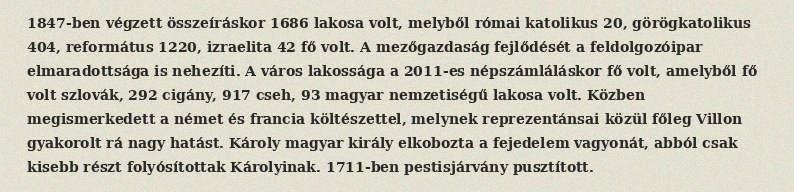
1847-ben végzett összeíráskor 1686 lakosa volt, melyből római katolikus 20, görögkatolikus 404, református 1220, izraelita 42 fő volt. A mezőgazdaság fejlődését a feldolgozóipar elmaradottsága is nehezíti. A város lakossága a 2011-es népszámláláskor fő volt, amelyből fő volt szlovák, 292 cigány, 917 cseh, 93 magyar nemzetiségű lakosa volt. Közben megismerkedett a német és francia költészettel, melynek reprezentánsai közül főleg Villon gyakorolt rá nagy hatást. Károly magyar király elkobozta a fejedelem vagyonát, abból csak kisebb részt folyósítottak Károlyinak. 1711-ben pestisjárvány pusztított.